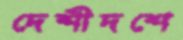
দেশীদশে